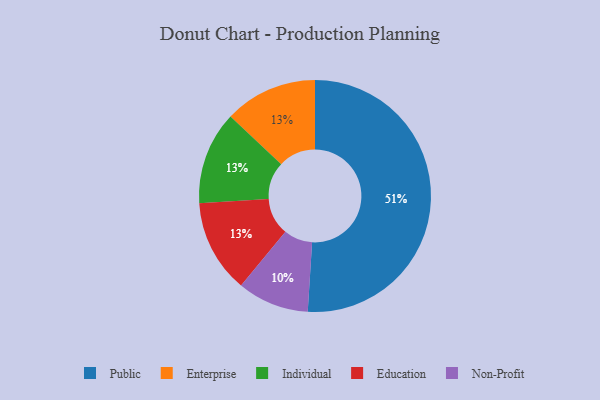
{"axis": {"x": "Category", "y": "Percentage"}, "legend": ["Education", "Enterprise", "Individual", "Non-Profit", "Public"], "data": [{"x": "Non-Profit", "y": 10, "type": "Non-Profit"}, {"x": "Enterprise", "y": 13, "type": "Enterprise"}, {"x": "Individual", "y": 13, "type": "Individual"}, {"x": "Public", "y": 51, "type": "Public"}, {"x": "Education", "y": 13, "type": "Education"}]}